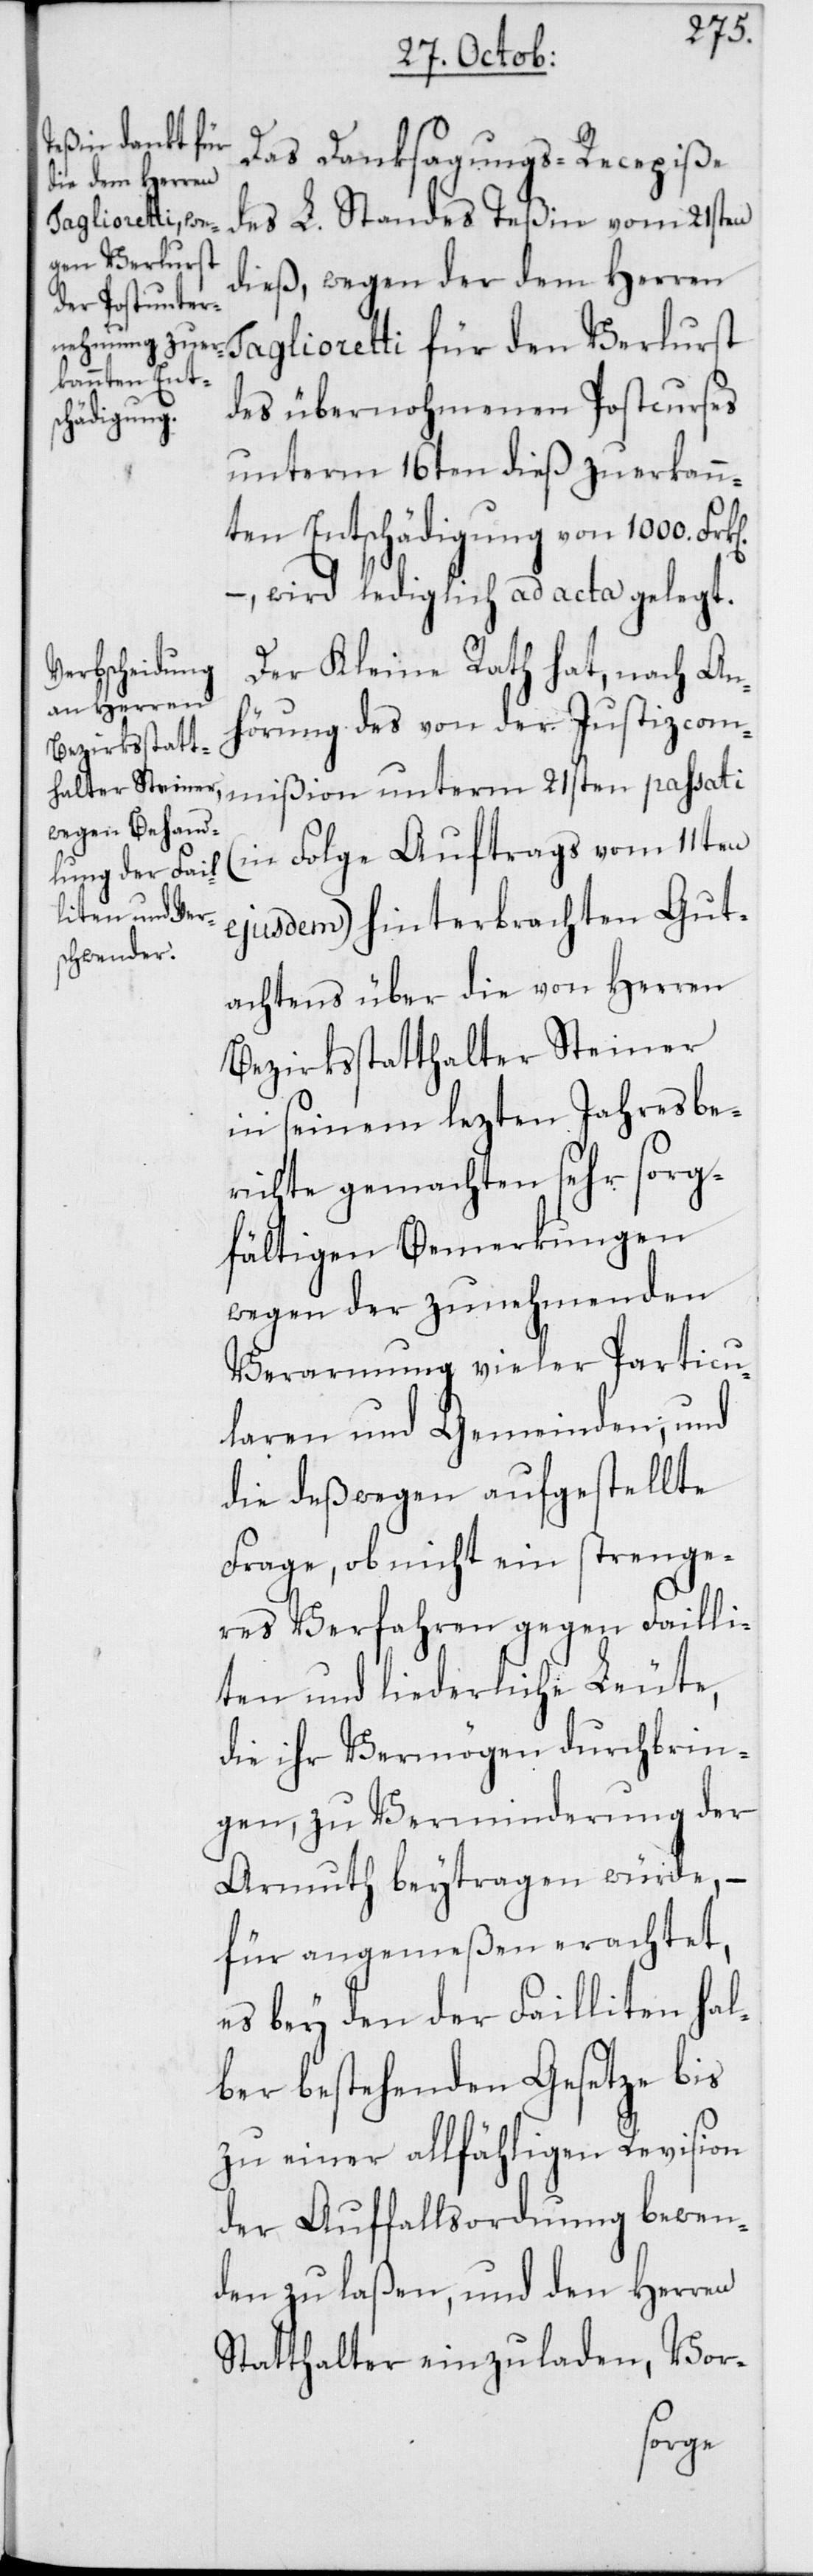
Das Danksagungs-Recepiße
des L. Standes Teßin vom 21sten
dieß, wegen der dem Herren
Taglioretti für den Verlurst
des übernohmenen Postcurses,
unterm 16ten dieß zuerkann¬
ten Entschädigung von 1000.
– wird lediglich ad acta gelegt.
Der Kleine Rath hat, nach An¬
hörung des von der Justizcom¬
mißion unterm 21sten passati
(in Folge Auftrags vom 11ten
ejusdem) hinterbrachten Gut¬
achtens über die von Herren
Bezirksstatthalter Steiner
in seinem lezten Jahresbe¬
richte gemachten sehr sorg¬
fältigen Bemerkungen
wegen der zunehmenden
Verarmung vieler Particu¬
laren und Gemeinden; und
die deßwegen aufgestellte
Frage, ob nicht ein strenge¬
res Verfahren gegen Failli¬
ten und liederliche Leute,
die ihr Vermögen durchbrin¬
gen, zu Verminderung der
Armut beytragen würde, –
für angemeßen erachtet,
es bey den der Failliten hal¬
ber bestehenden Gesetze bis
zu einer allfähligen Revision
der Auffallsordnung bewen¬
den zu laßen, und den Herren
Statthalter einzuladen, Vor-